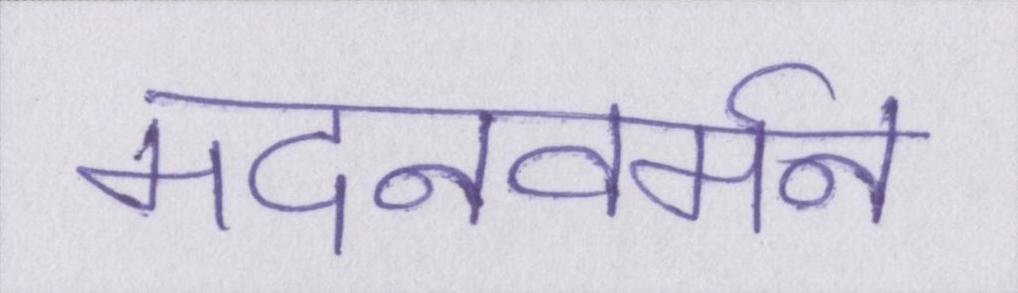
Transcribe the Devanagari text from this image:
मदनवर्मन